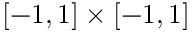
[ - 1 , 1 ] \times [ - 1 , 1 ]